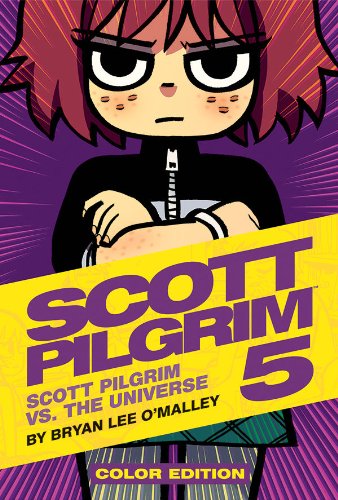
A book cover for Scott Pilgrim Color Hardcover Volume 5: Scott Pilgrim Vs. The Universe; Bryan Lee O'Malley; Comics & Graphic Novels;